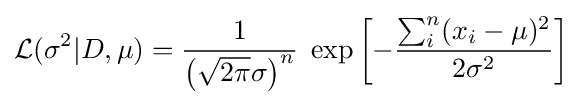
{\mathcal {L}}(\sigma ^{2}|D,\mu )={\frac {1}{\left({\sqrt {2\pi }}\sigma \right)^{n}}}\;\exp \left[-{\frac {\sum _{i}^{n}(x_{i}-\mu )^{2}}{2\sigma ^{2}}}\right]